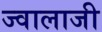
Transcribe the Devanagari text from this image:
ज्‍वालाजी